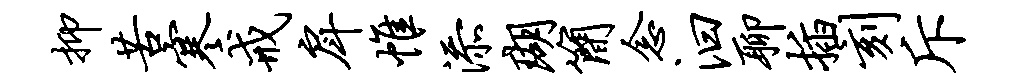
抑苦寒戒戽帷添瑚简念汩聊插刻斥